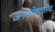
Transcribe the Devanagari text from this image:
अनओबट्रुसिव